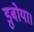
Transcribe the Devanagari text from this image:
डुबोया।